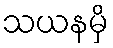
သယနမှိ